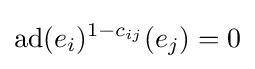
{\textrm {ad}}(e_{i})^{1-c_{ij}}(e_{j})=0